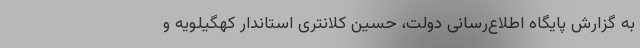
به گزارش پایگاه اطلاع‌رسانی دولت، حسین کلانتری استاندار کهگیلویه و